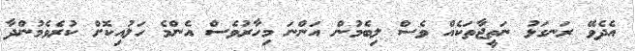
އެދެވޭ ރަނގަޅު ނަތީޖާތަކެއް ވެސް ލިބެމުން އަންނަ މިހާރުވެސް އެންމެ ހަލުއިކޮށް ކުރެވެމުންދާ